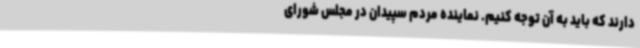
دارند که باید به آن توجه کنیم. نماینده مردم سپیدان در مجلس شورای